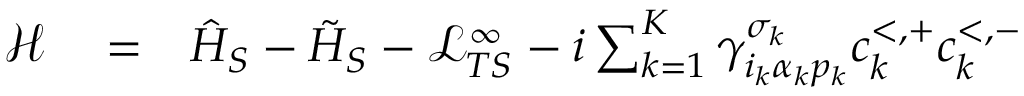
\begin{array} { r l r } { \mathcal { H } } & { { } = } & { \hat { H } _ { S } - \tilde { H } _ { S } - \mathcal { L } _ { T S } ^ { \infty } - i \sum _ { k = 1 } ^ { K } \gamma _ { i _ { k } \alpha _ { k } p _ { k } } ^ { \sigma _ { k } } c _ { k } ^ { < , + } c _ { k } ^ { < , - } } \end{array}